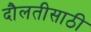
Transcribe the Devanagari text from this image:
दौलतीसाठी